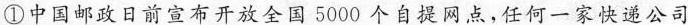
①中国邮政日前宣布开放全国5000个自提网点，任何一家快递公司